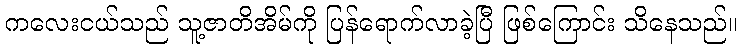
ကလေးငယ်သည် သူ့ဇာတိအိမ်ကို ပြန်ရောက်လာခဲ့ပြီ ဖြစ်ကြောင်း သိနေသည်။